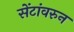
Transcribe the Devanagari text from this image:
सेंटांवरुन